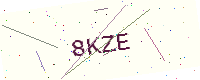
Text: 8KZE